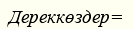
Дереккөздер=